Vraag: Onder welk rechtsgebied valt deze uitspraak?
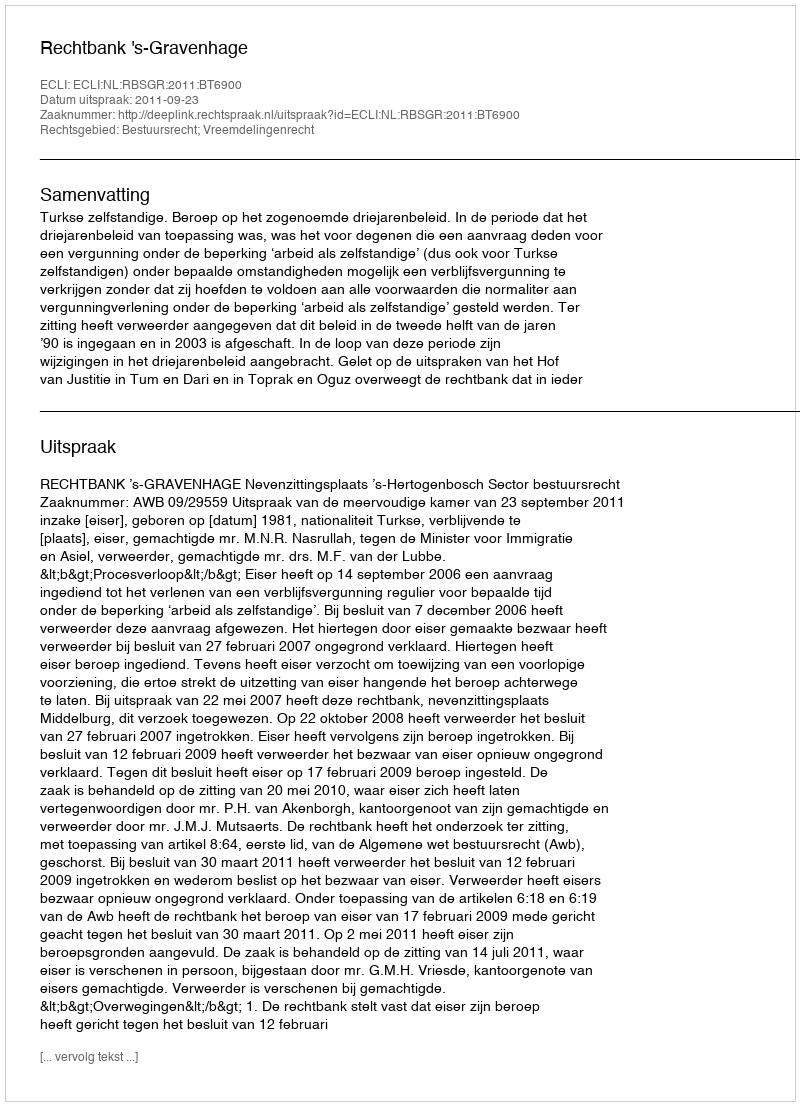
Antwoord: Bestuursrecht; Vreemdelingenrecht